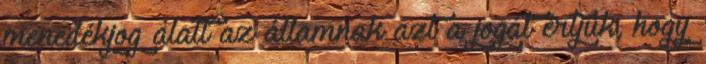
menedékjog alatt az államnak azt a jogát értjük, hogy